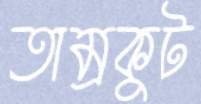
তাম্রকুট